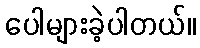
ပေါများခဲ့ပါတယ်။